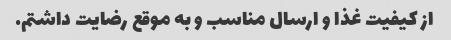
از کیفیت غذا و ارسال مناسب و به موقع رضایت داشتم.